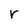
Character: r